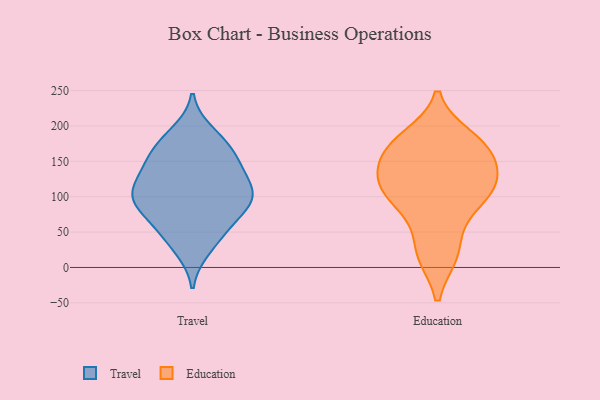
{"axis": {"x": "Active Users", "y": "Value"}, "legend": ["Education", "Travel"], "data": [{"x": "", "y": 26, "type": "Travel"}, {"x": "", "y": 42, "type": "Travel"}, {"x": "", "y": 90, "type": "Travel"}, {"x": "", "y": 99, "type": "Travel"}, {"x": "", "y": 145, "type": "Travel"}, {"x": "", "y": 152, "type": "Travel"}, {"x": "", "y": 58, "type": "Travel"}, {"x": "", "y": 104, "type": "Travel"}, {"x": "", "y": 190, "type": "Travel"}, {"x": "", "y": 90, "type": "Travel"}, {"x": "", "y": 121, "type": "Travel"}, {"x": "", "y": 98, "type": "Travel"}, {"x": "", "y": 174, "type": "Travel"}, {"x": "", "y": 172, "type": "Travel"}, {"x": "", "y": 141, "type": "Travel"}, {"x": "", "y": 70, "type": "Travel"}, {"x": "", "y": 114, "type": "Travel"}, {"x": "", "y": 183, "type": "Education"}, {"x": "", "y": 171, "type": "Education"}, {"x": "", "y": 69, "type": "Education"}, {"x": "", "y": 19, "type": "Education"}, {"x": "", "y": 103, "type": "Education"}, {"x": "", "y": 123, "type": "Education"}, {"x": "", "y": 19, "type": "Education"}, {"x": "", "y": 149, "type": "Education"}, {"x": "", "y": 111, "type": "Education"}, {"x": "", "y": 174, "type": "Education"}, {"x": "", "y": 104, "type": "Education"}, {"x": "", "y": 162, "type": "Education"}, {"x": "", "y": 121, "type": "Education"}]}